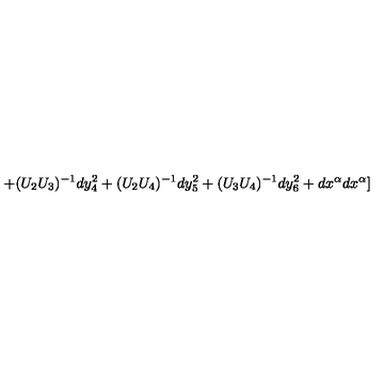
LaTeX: + ( U _ { 2 } U _ { 3 } ) ^ { - 1 } d y _ { 4 } ^ { 2 } + ( U _ { 2 } U _ { 4 } ) ^ { - 1 } d y _ { 5 } ^ { 2 } + ( U _ { 3 } U _ { 4 } ) ^ { - 1 } d y _ { 6 } ^ { 2 } + d x ^ { \alpha } d x ^ { \alpha } ]